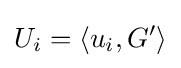
U_{i}=\langle u_{i},G'\rangle